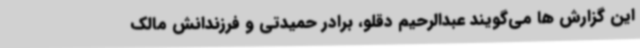
این گزارش ها می‌گویند عبدالرحیم دقلو، برادر حمیدتی و فرزندانش مالک